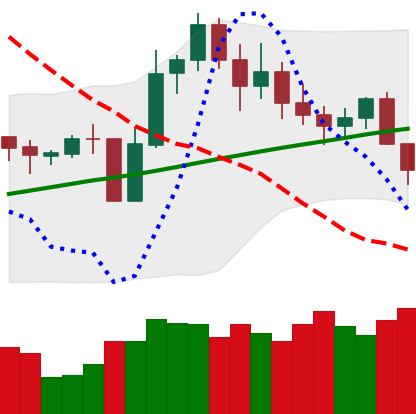
Ticker: LINK-USD
Chart end date: 2020-11-03
Forward return: 21.845%
Label: up_7plus